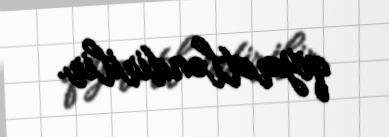
qiymətləndirilir.